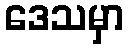
ဒေသမှာ